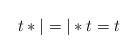
LaTeX: \begin{align*} t\ast |=|\ast t=t\end{align*}